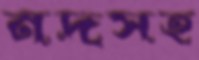
নদসহ